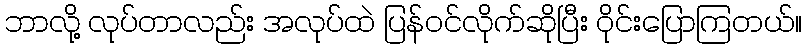
ဘာလို့ လုပ်တာလည်း အလုပ်ထဲ ပြန်ဝင်လိုက်ဆိုပြီး ဝိုင်းပြောကြတယ်။